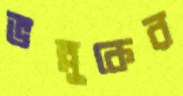
ভল্লুকের